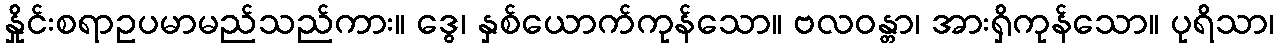
နှိုင်းစရာဥပမာမည်သည်ကား။ ဒွေ၊ နှစ်ယောက်ကုန်သော။ ဗလဝန္တာ၊ အားရှိကုန်သော။ ပုရိသာ၊